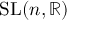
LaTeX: \operatorname { S L } ( n , \mathbb { R } )